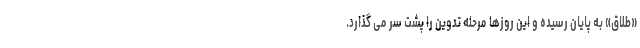
«طلاق» به پایان رسیده و این روزها مرحله تدوین را پشت سر می گذارد.